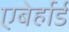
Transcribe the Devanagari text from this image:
एबेर्हार्ड